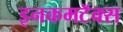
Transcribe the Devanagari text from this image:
इनकमटॅक्स